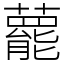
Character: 藣